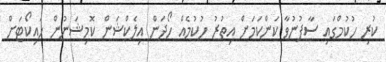
ކުރި ހުކުމްގައި ސާފުނުވާ ކަންކަމަށް އިތުރު ހުކުމެއް ހޯދަން އިލެކްޝަން ކޮމިޝަނުން ހައިކޯޓަށް